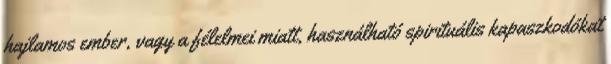
hajlamos ember, vagy a félelmei miatt, használható spirituális kapaszkodókat